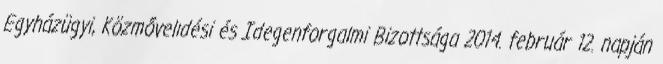
Egyházügyi, Közmővelıdési és Idegenforgalmi Bizottsága 2014. február 12. napján